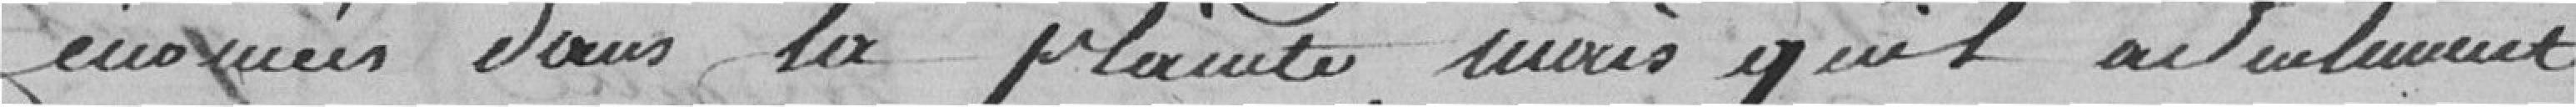
énoncés dans la plainte, mais qu'il ait seulement